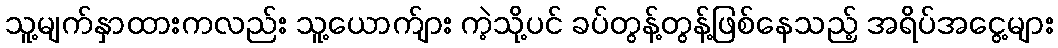
သူ့မျက်နှာထားကလည်း သူ့ယောက်ျား ကဲ့သို့ပင် ခပ်တွန့်တွန့်ဖြစ်နေသည့် အရိပ်အငွေ့များ